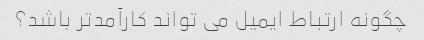
چگونه ارتباط ایمیل می تواند کارآمدتر باشد؟